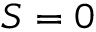
S = 0